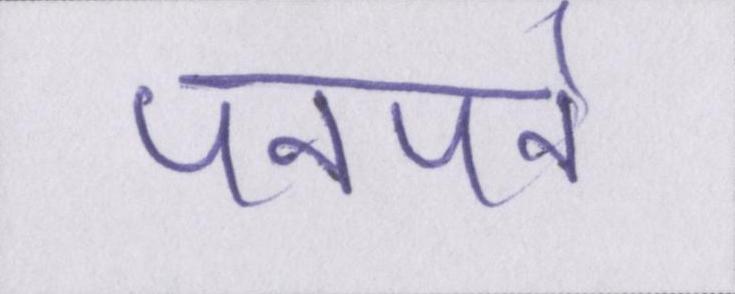
पनपने